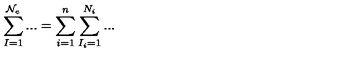
\sum _ { I = 1 } ^ { \mathcal { N } _ { e } } . . . = \sum _ { i = 1 } ^ { n } \sum _ { I _ { i } = 1 } ^ { N _ { i } } . . .